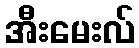
အီးမေးလ်